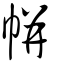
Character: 帡